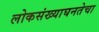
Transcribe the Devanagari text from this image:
लोकसंख्याघनतेचा